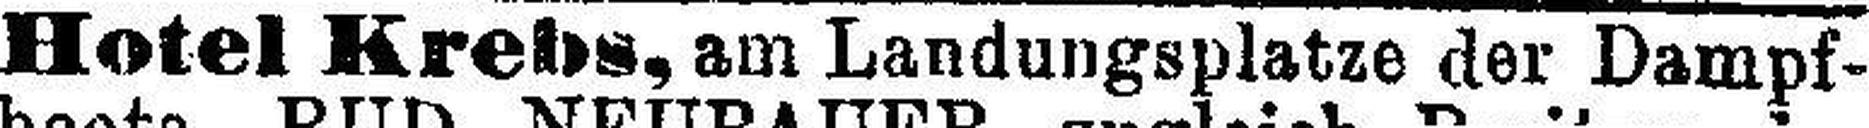
Hotel Krebs, am Landungsplatze der Dampf¬